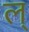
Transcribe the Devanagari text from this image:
ल्‌